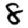
Digit: 8